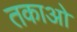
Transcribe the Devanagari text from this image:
तकाओ